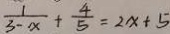
\frac { 1 } { 3 - x } + \frac { 4 } { 5 } = 2 x + 5